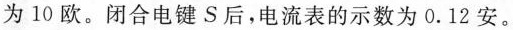
为10欧。闭合电键S后，电流表的示数为0.12安。